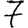
Digit: 7